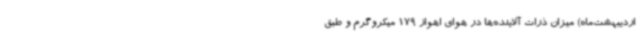
اردیبهشت‌ماه) میزان ذرات آلاینده‌ها در هوای اهواز 179 میکروگرم و طبق